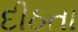
દીઠતા